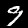
Digit: 9